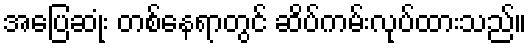
အပြေဆုံး တစ်နေရာတွင် ဆိပ်ကမ်းလုပ်ထားသည်။